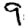
Digit: 9